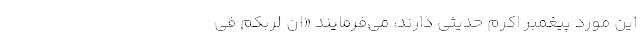
این مورد پیغمبر اکرم حدیثی دارند، می‌فرمایند «انَّ لِرَبِّکُمْ فی